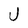
Character: U